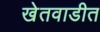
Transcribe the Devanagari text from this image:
खेतवाडीत